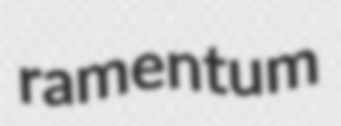
ramentum